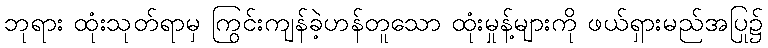
ဘုရား ထုံးသုတ်ရာမှ ကြွင်းကျန်ခဲ့ဟန်တူသော ထုံးမှုန့်များကို ဖယ်ရှားမည်အပြု၌